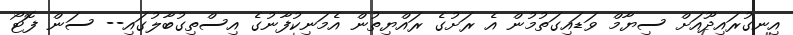
އިނގުރައިދޫއަށް ސިޔާމް ވަޑައިގަތުމުން އެ ރަށުގެ ރައްޔިތުން އެމަނިކުފާނުގެ އިސްތިގުބާލުގައި-- ސަން ފޮޓޯ